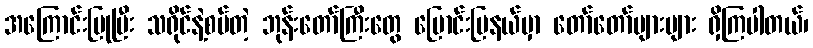
အကြောင်းပြုပြီး သရိုင်နဲ့စပ်တဲ့ ဘုန်းတော်ကြီးတွေ မြောင်းမြနယ်မှာ တော်တော်များများ ရှိကြပါတယ်၊